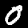
Label: 0